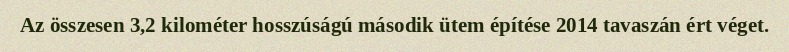
Az összesen 3,2 kilométer hosszúságú második ütem építése 2014 tavaszán ért véget.